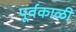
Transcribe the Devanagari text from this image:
पूर्वकाळी